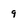
Character: 9